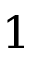
1